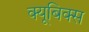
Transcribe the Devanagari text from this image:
क्यूबिक्स